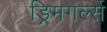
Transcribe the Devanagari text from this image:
ड्रिमगर्ल्स